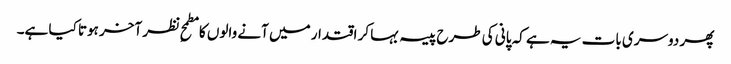
پھر دوسری بات یہ ہے کہ پانی کی طرح پیسہ بہا کر اقتدار میں آنے والوں کا مطمحِ نظر آخر ہوتا کیا ہے۔